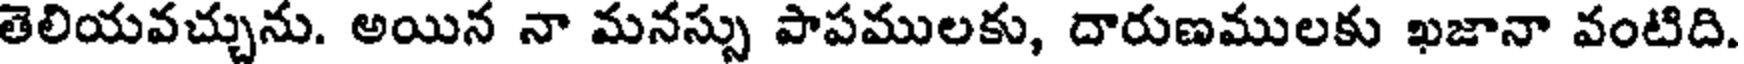
తెలియవచ్చును. అయిన నా మనస్సు పాపములకు, దారుణములకు ఖజానా వంటిది.